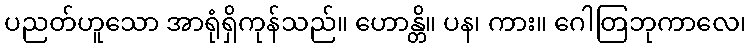
ပညတ်ဟူသော အာရုံရှိကုန်သည်။ ဟောန္တိ။ ပန၊ ကား။ ဂေါတြဘုကာလေ၊